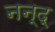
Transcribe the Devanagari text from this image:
नन्द्